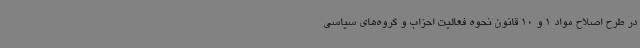
در طرح اصلاح مواد 1 و 10 قانون نحوه فعالیت احزاب و گروه‌های سیاسی